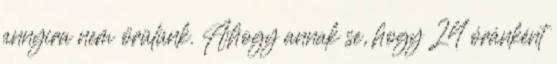
annyira nem örülünk. Ahogy annak se, hogy 24 óránként